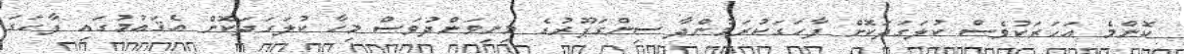
ކޮންމެ އަހަރަކުވެސް ކުލަގަދަކޮށް ފާހަގަކުރަމުންދާ ސިންގަޕޫރުގެ މިނިވަންދުވަސް މިހާ ކުލަގަދަކޮށް އެޤައުމުގައި ފާހަގަ